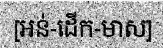
[អន់-ដើក-មាស]